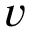
v